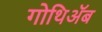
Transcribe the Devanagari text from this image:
गोथिॲब